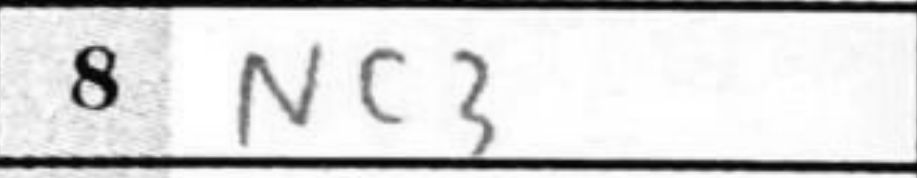
Transcription: Nc3